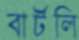
বার্টলি